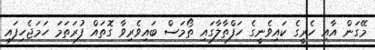
މޭގަން އާއި ހެރީގެ ކައިވެނީގެ ހަފްތާލާގައި ތޯމަަސް ބައިވެރިވާ ގޮތައް ފުރަތަމަ ހަމަޖެހިފައި